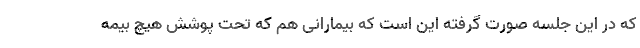
که در این جلسه صورت گرفته این است که بیمارانی هم که تحت پوشش هیچ بیمه